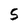
Character: 5